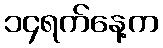
၁၄ရက်နေ့က